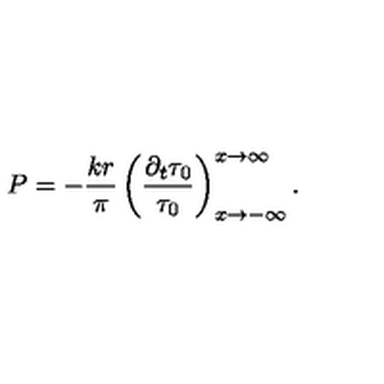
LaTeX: P = - \frac { k r } { \pi } \left( \frac { \partial _ { t } \tau _ { 0 } } { \tau _ { 0 } } \right) _ { x \rightarrow - \infty } ^ { x \rightarrow \infty } .